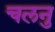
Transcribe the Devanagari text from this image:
चलनु